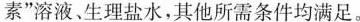
素”溶液、生理盐水，其他所需条件均满足。